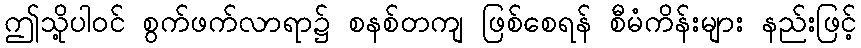
ဤသို့ပါဝင် စွက်ဖက်လာရာ၌ စနစ်တကျ ဖြစ်စေရန် စီမံကိန်းများ နည်းဖြင့်